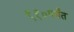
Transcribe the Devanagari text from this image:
९१०पर्यंत